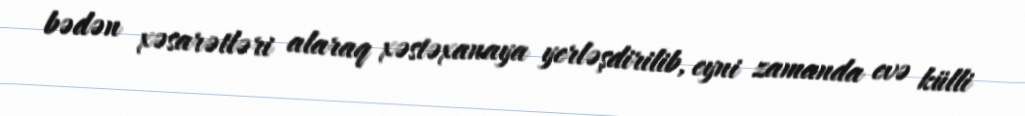
bədən xəsarətləri alaraq xəstəxanaya yerləşdirilib, eyni zamanda evə külli